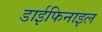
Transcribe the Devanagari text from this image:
डाईफिनाइल